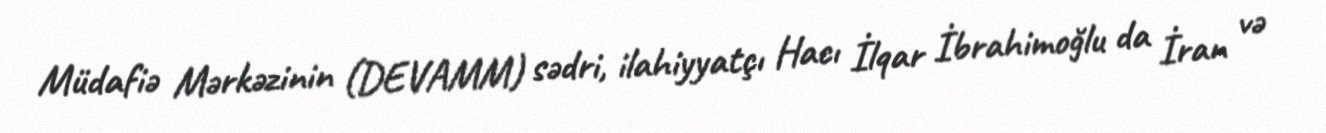
Müdafiə Mərkəzinin (DEVAMM) sədri, ilahiyyatçı Hacı İlqar İbrahimoğlu da İran və